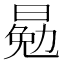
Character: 𣈳